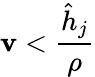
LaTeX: \mathbf{v}<\frac{{\hat{{h}}_{j}}}{{\rho}}